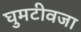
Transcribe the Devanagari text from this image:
घुमटीवजा